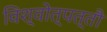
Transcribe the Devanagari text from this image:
विश्वोत्पत्तौ